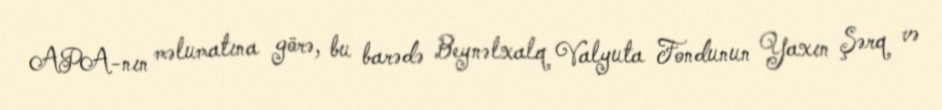
APA-nın məlumatına görə, bu barədə Beynəlxalq Valyuta Fondunun Yaxın Şərq və